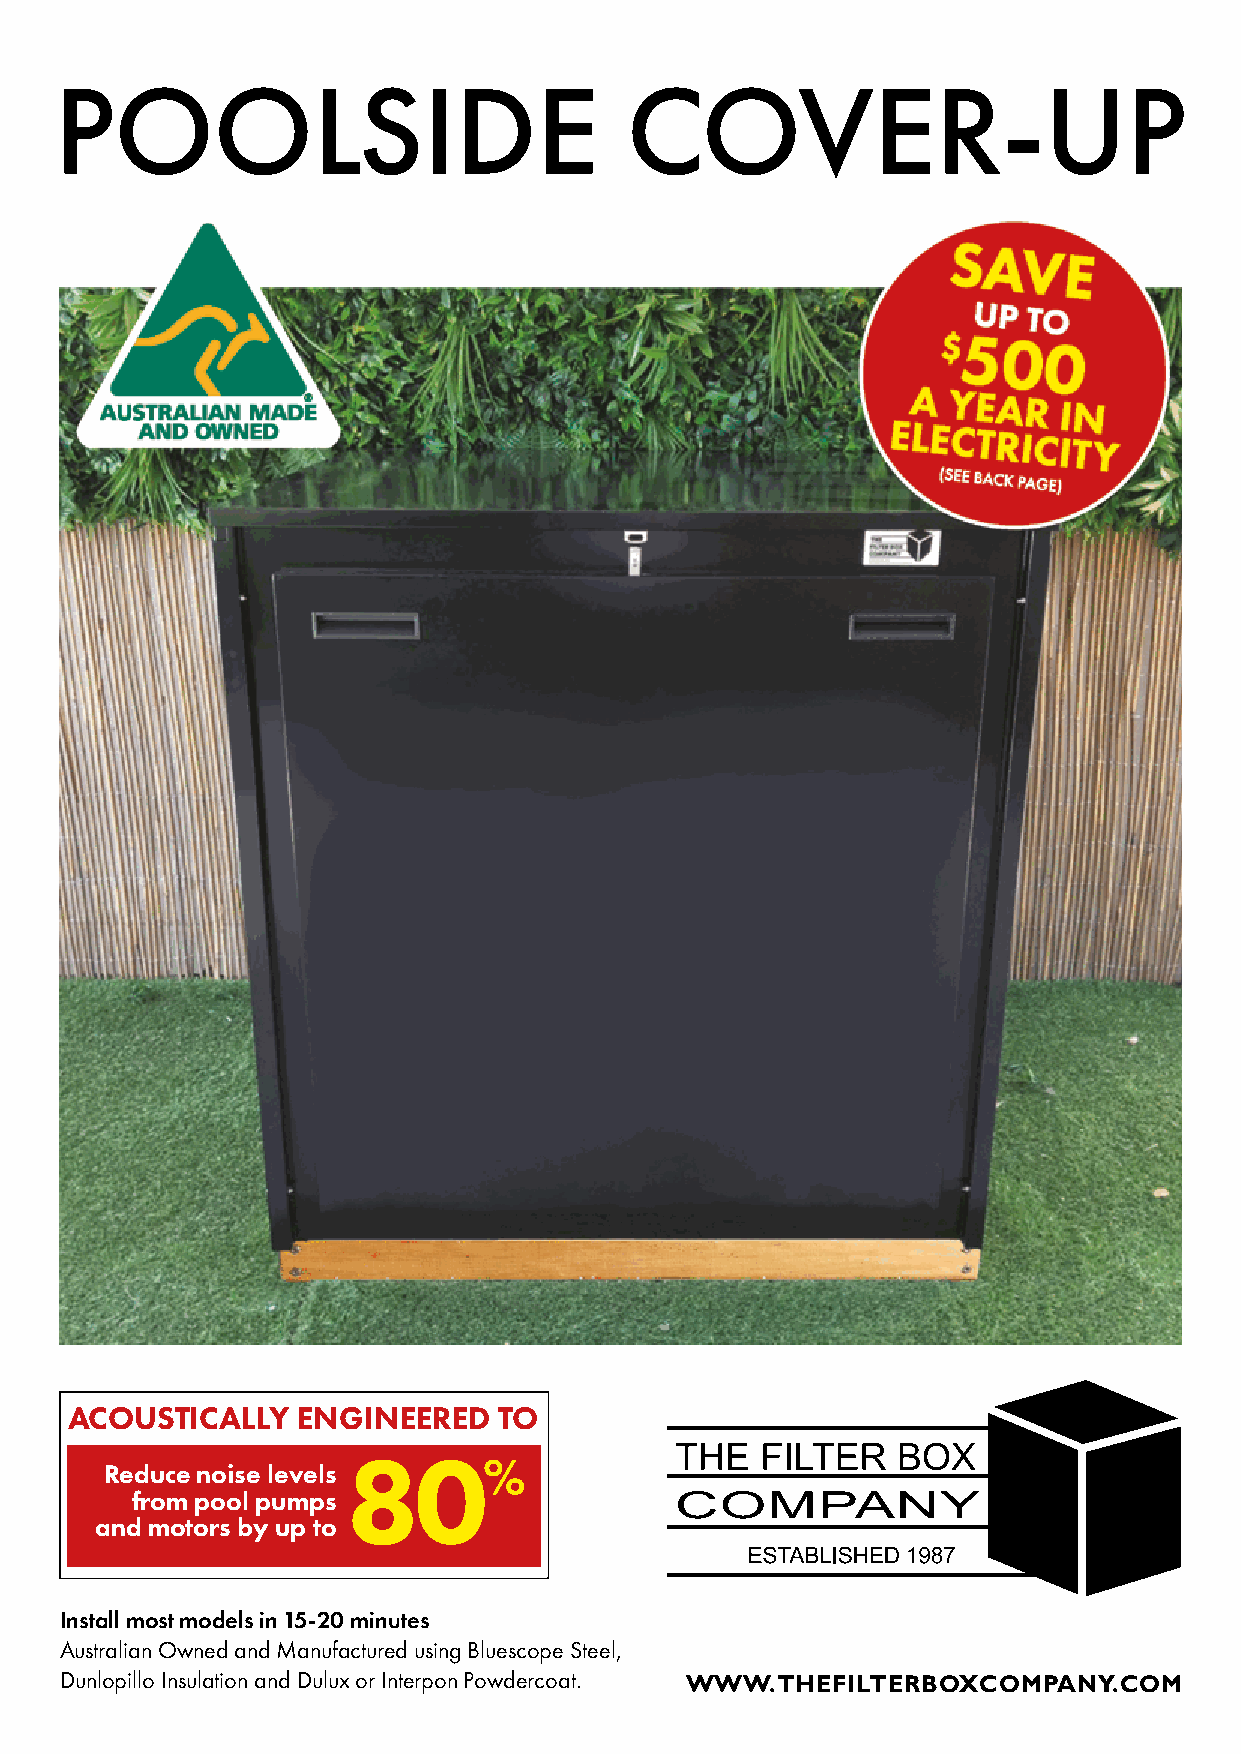
POOLSIDE                             COVER-UP
 ACOUSTICALLY    ENGINEERED   TO
 80%
 Reduce noise levels
 from pool pumps
 and motors by up to
 Install most models in 15-20 minutes
 Australian Owned and Manufactured using Bluescope Steel,
 Dunlopillo Insulation and Dulux or Interpon Powdercoat. WWW.THEFILTERBOXCOMPANY.COM